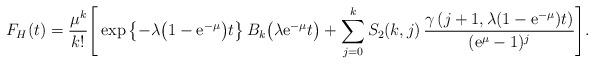
LaTeX: \begin{align*} F_{H}(t)={\mu^k\over k!}\Bigg[\exp\left\{-\lambda\big(1-{\rm e}^{-\mu}\big)t\right\} B_k\big(\lambda {\rm e}^{-\mu} t \big) +\sum_{j=0}^k S_2(k,j)\,{\gamma\left(j+1,\lambda (1-{\rm e}^{-\mu})t\right) \over ({\rm e}^{\mu}-1)^j}\Bigg]. \end{align*}